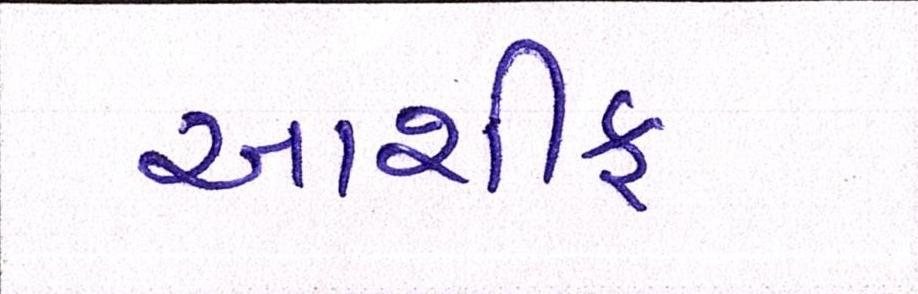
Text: આશીફ